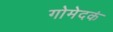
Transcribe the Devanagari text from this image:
गोमेदकं